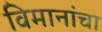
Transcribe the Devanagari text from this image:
विमानांंचा